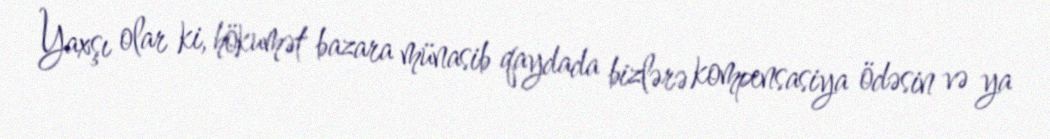
Yaxşı olar ki, hökumət bazara münasib qaydada bizlərə kompensasiya ödəsin və ya